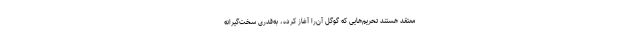
معتقد هستند تحریم‌هایی که گوگل آن‌را آغاز کرده، به‌قدری سخت‌گیرانه